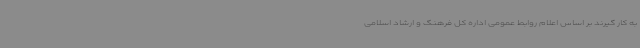
به کار گیرند بر اساس اعلام روابط عمومی اداره کل فرهنگ و ارشاد اسلامی